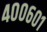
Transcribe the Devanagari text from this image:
४००६०१